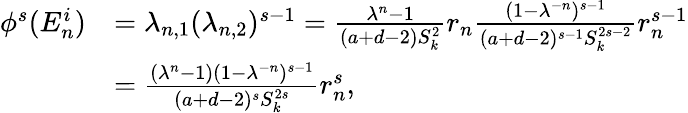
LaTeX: \begin{array}{rl}{\phi^{s}(E_{n}^{i})}&{=\lambda_{n,1}(\lambda_{n,2})^{s-1}=\frac{\lambda^{n}-1}{(a+d-2)S_{k}^{2}}r_{n}\frac{(1-\lambda^{-n})^{s-1}}{(a+d-2)^{s-1}S_{k}^{2s-2}}r_{n}^{s-1}}\\ &{=\frac{(\lambda^{n}-1)(1-\lambda^{-n})^{s-1}}{(a+d-2)^{s}S_{k}^{2s}}r_{n}^{s},}\end{array}